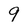
Character: 9